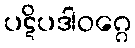
ပဋိပဒါဝဂ္ဂေ